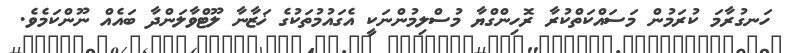
ހަނގުރާމަ ކުރަމުން މަސައްކަތްކުރާ ރޮހިންގްޔާ މުސްލިމުންނަކީ އެގައުމުތަކުގެ ޚަޒާނާ ލޫޓްވާލަންދާ ބައެއް ނޫންކަމެވެ.